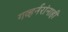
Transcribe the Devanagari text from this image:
गव्हर्नरांनाही